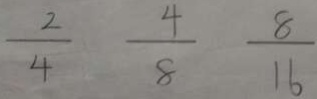
\frac { 2 } { 4 } \frac { 4 } { 8 } \frac { 8 } { 1 6 }